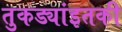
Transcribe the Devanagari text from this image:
तुकड्यांइतकी